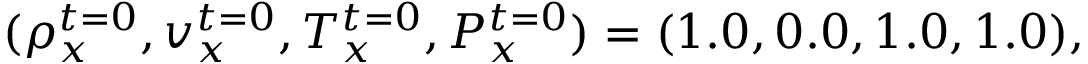
( \rho _ { x } ^ { t = 0 } , v _ { x } ^ { t = 0 } , T _ { x } ^ { t = 0 } , P _ { x } ^ { t = 0 } ) = ( 1 . 0 , 0 . 0 , 1 . 0 , 1 . 0 ) ,